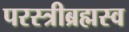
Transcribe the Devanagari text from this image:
परस्त्रीब्रह्मस्व